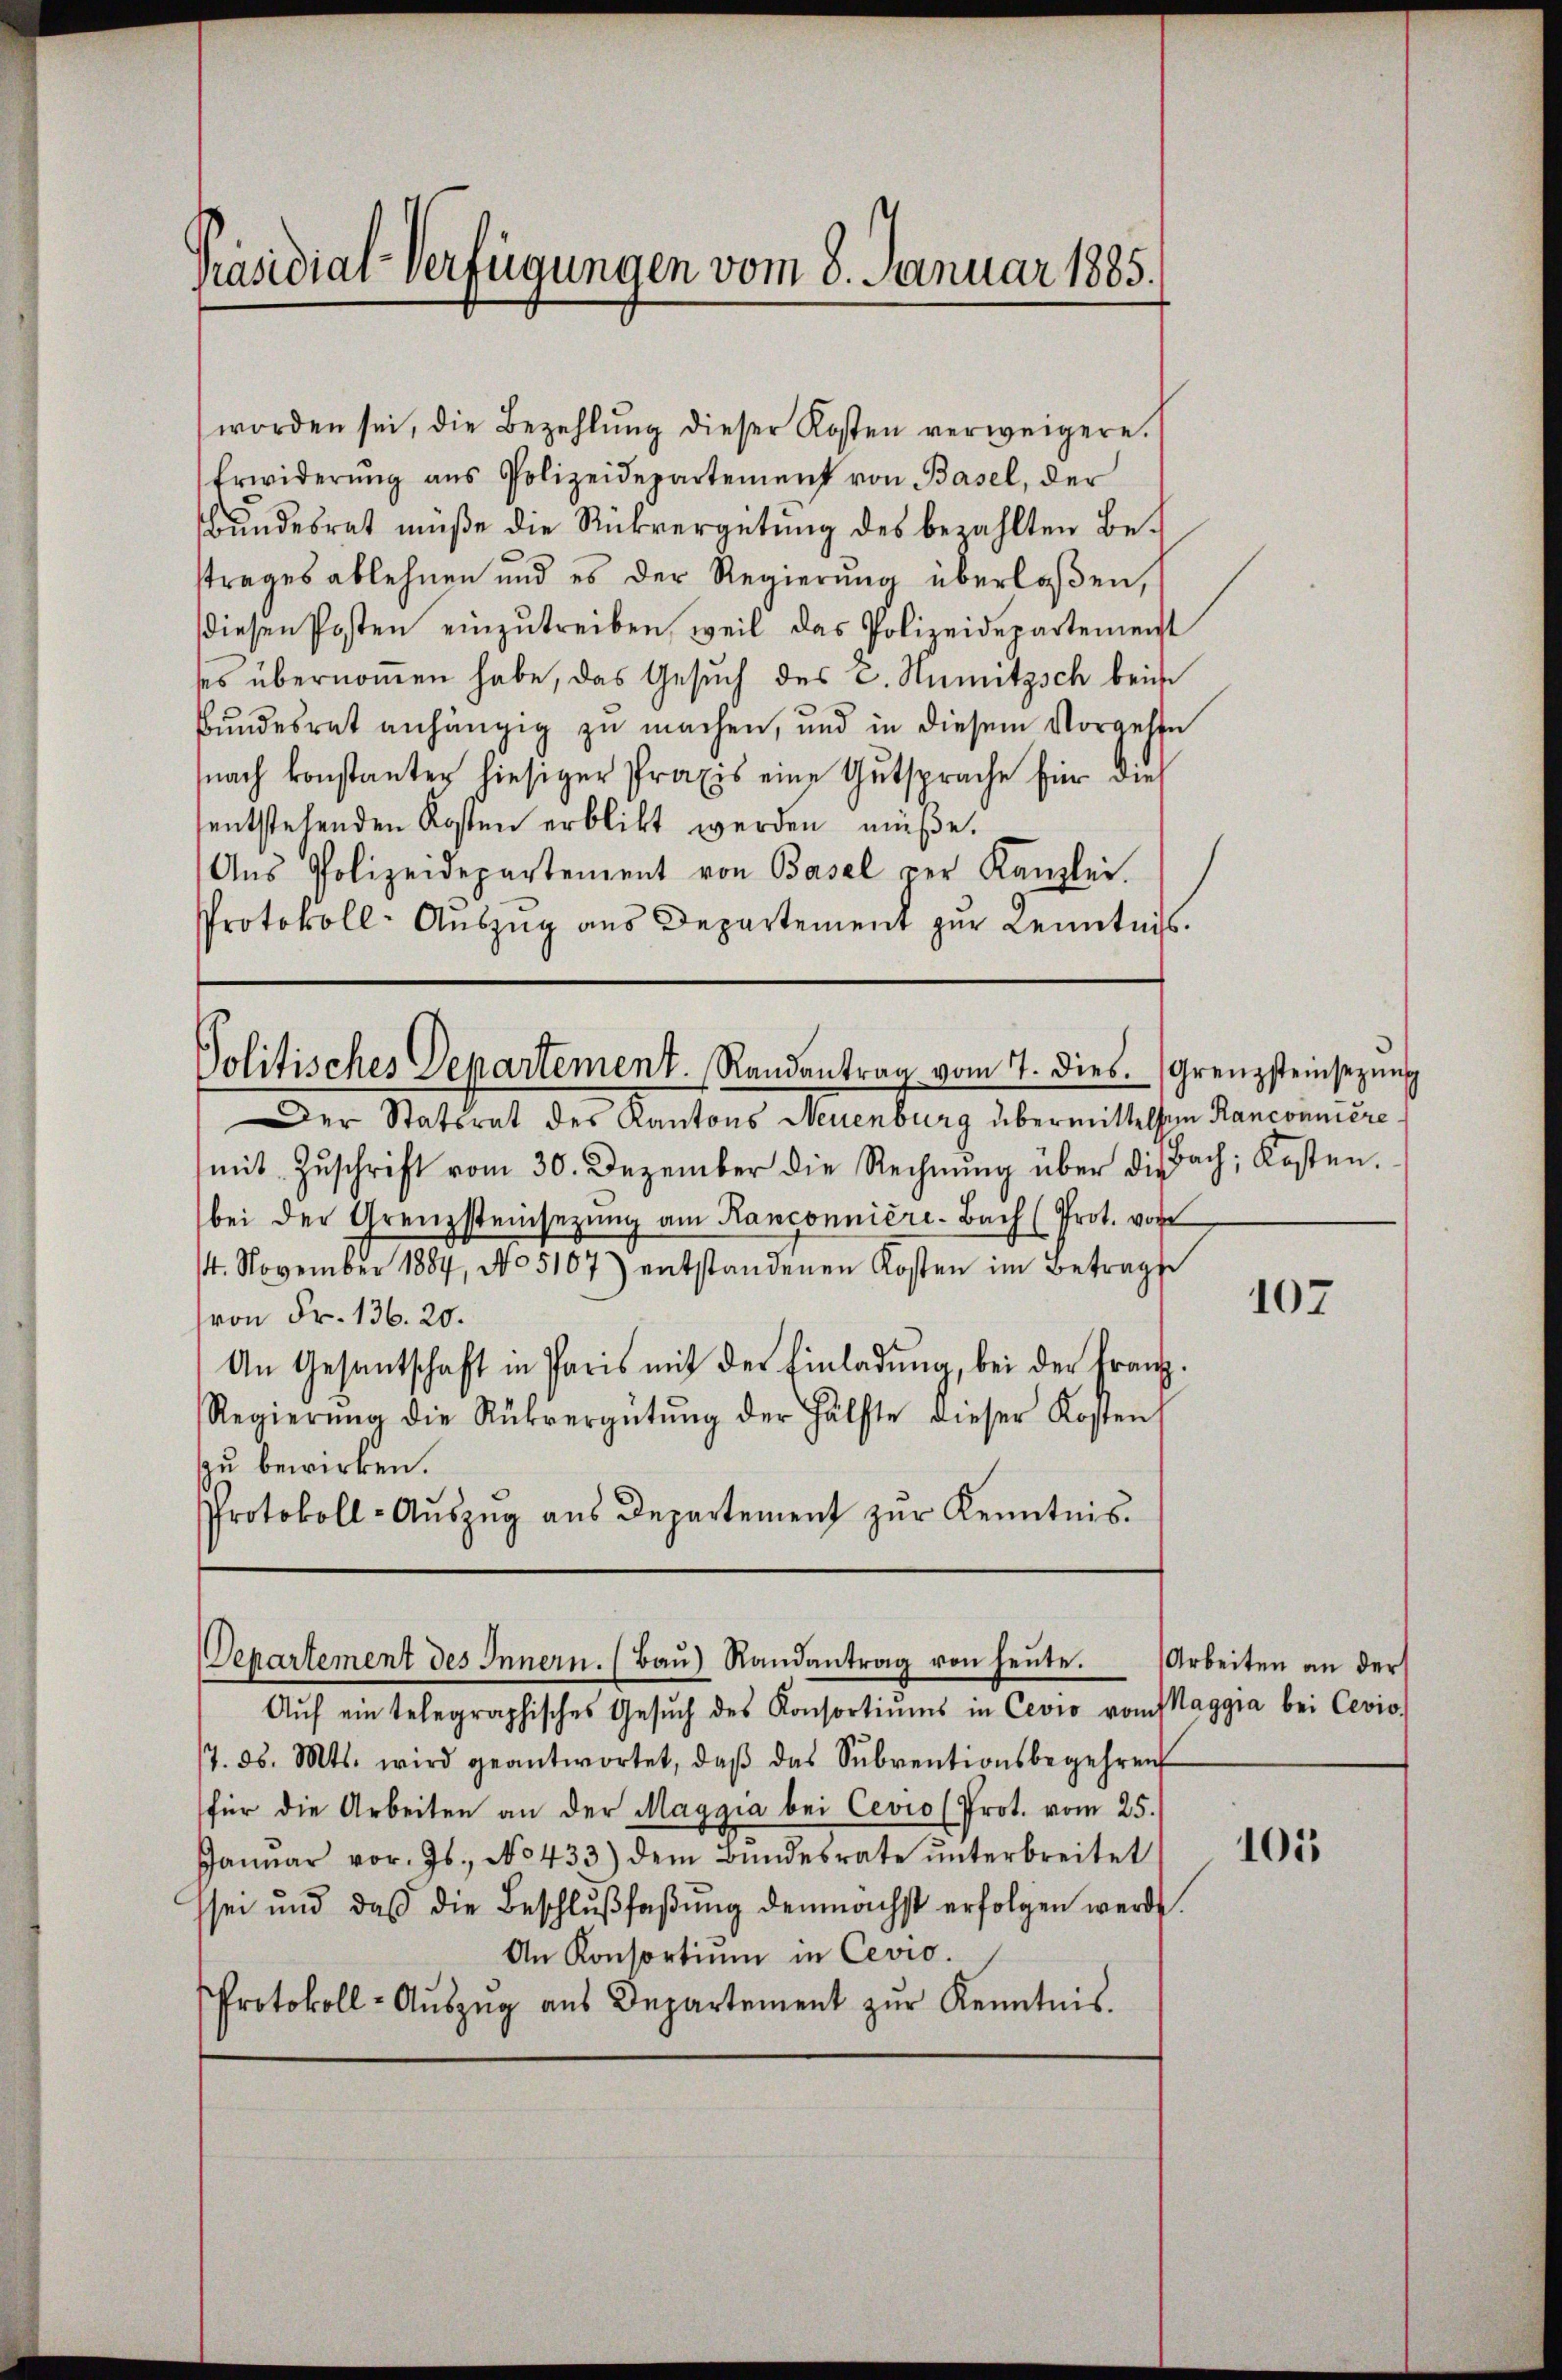
Präsidial-Verfügungen vom 8. Januar 1885.

worden sei, die Bezahlŭng dieser Kosten verweigere.
Erwiderŭng ans Polizeidepartement von Basel, der
Bundesrat müße die Rückvergütung des bezahlten Betrages ablehnen und es der Regierung überlaßen,
diesen Posten einzŭtreiben, weil das Polizeidepartement
ses übernommen habe, das Gesuch des C. Nunitzsch beide
Bundesrat anhängig zu machen, und in diesem Vorgehen
nach konstanter hiesiger Praxis eine Gutsprache für dies
entstehenden Kosten erblickt werden müße.
Ans Polizeidepartement von Basel per Kanzlei.
Protokoll- Auszug aus Departement zur Kenntnis.

Politisches Departement Randantrag vom 7. dies. Grenzsteinsezung

Departement des Innern. (Baŭ) Randantrag von heute.

Der Statsrat des Kantons Neuenburg übermittelten Ranconniere
mit Zŭschrift vom 30. Dezember die Rechnŭng über die Bach, Kosten.
bei der Grenzsteinsezung am Ranconnière-Bach (Prot. vor
14. November 1884, No 5107) entstandenen Kosten im Betragse
(von Fr. 136. 20.
An Gesantschaft in Paris mit der Einladŭng, bei der Franz.
Regierŭng die Rückvergütŭng der Hälfte dieser Kosten
zu bewirken.
Protokoll-Aŭszŭg aŭs Departement zŭr Kenntnis.

Aŭf ein telegraphisches Gesŭch des Konsortiŭms in Cevio vom Maggia bei Cevio
17. d. Mts. wird geantwortet, daβ das Sŭbventionsbegehren
für die Arbeiten an der Maggia bei Cevio (Prot. vom 25.
Janŭar vor. Js., No 433) dem Bŭndesrate ŭnterbreitet
hsei und daβ die Beschlŭβfaβŭng demnächst erfolgen werde.
An Konsortium in Cevio.
Protokoll- Aŭszŭg aŭs Departement zŭr Kenntnis.

107

Arbeiten an der

105